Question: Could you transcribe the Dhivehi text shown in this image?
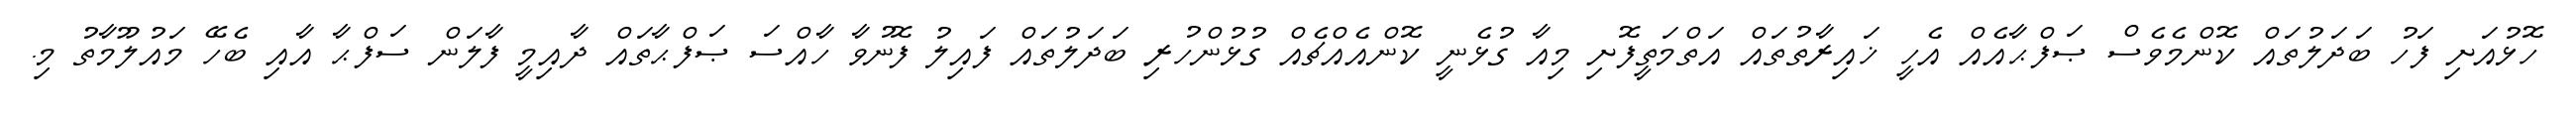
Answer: ހޮޅުއަށި ފަހު ބަދަލުތައް ކޮންމެވެސް ޞަފްޙާއެއް އެހީ ޚައިރާތުތައް އަތްމަތީފޮށި މިއާ ގުޅެނީ ކޮންއެއްޗެއް ގުޅުންހުރި ބަދަލުތައް ފައިލު ފޮނުވާ ހާއްސަ ޞަފްޙާތައް ދާއިމީ ފާލަން ސަފްޙާ އާއި ބެހޭ މައުލޫމާތު މި.